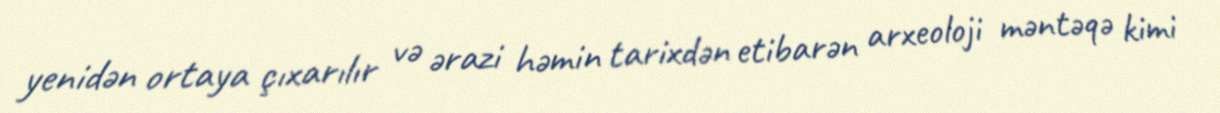
yenidən ortaya çıxarılır və ərazi həmin tarixdən etibarən arxeoloji məntəqə kimi